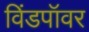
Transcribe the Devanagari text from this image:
विंडपॉवर